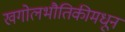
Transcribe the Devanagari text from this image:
खगोलभौतिकीमधून